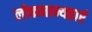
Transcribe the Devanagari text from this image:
लोकमान्यताएं